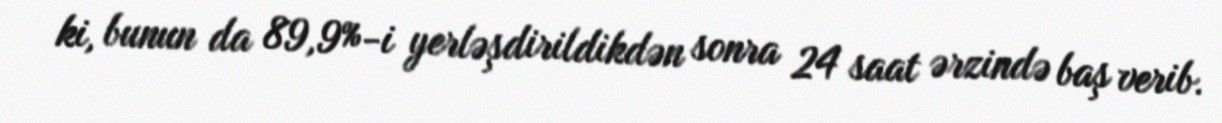
ki, bunun da 89,9%-i yerləşdirildikdən sonra 24 saat ərzində baş verib.